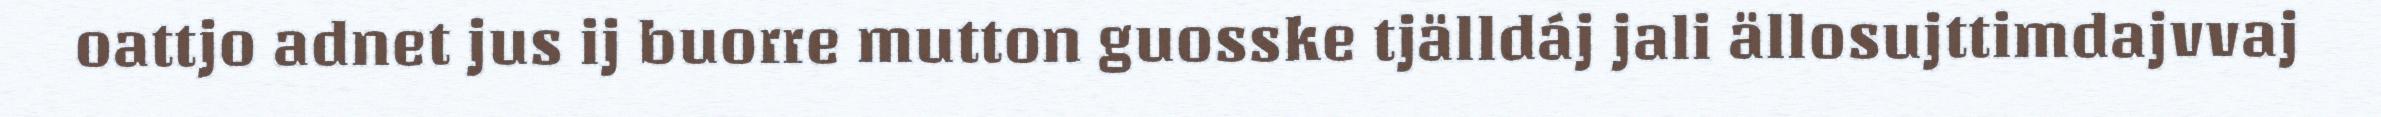
oattjo adnet jus ij buorre mutton guosske tjälldáj jali ällosujttimdajvvaj